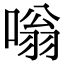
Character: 嗡